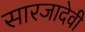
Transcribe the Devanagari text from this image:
सारजादेवी